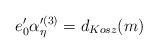
LaTeX: \begin{align*}e'_0 \alpha'^{(3)}_{\eta}=d_{Kosz}(m)\end{align*}